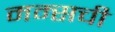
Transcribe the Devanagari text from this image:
मम्सची